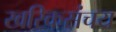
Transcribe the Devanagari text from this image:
खरिकसंचय